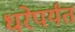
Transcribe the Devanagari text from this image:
धरेपर्यंत